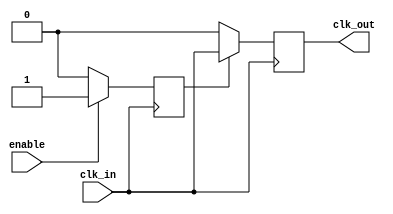
module clock_gating_buffer (
    input wire clk_in,    // Primary clock signal
    input wire enable,    // Control signal for clock gating
    output reg clk_out    // Gated clock output
);

    // Internal signal to hold the gated clock
    reg gated_clk;

    always @(posedge clk_in) begin
        if (enable) begin
            gated_clk <= 1'b1;  // Pass the clock through when enabled
        end else begin
            gated_clk <= 1'b0;  // Suppress the clock when not enabled
        end
    end

    // Output clock synchronization
    always @(posedge clk_in) begin
        if (gated_clk) begin
            clk_out <= clk_in;  // Output the primary clock when gated clock is high
        end else begin
            clk_out <= 1'b0;     // Set output to low when gated
        end
    end

endmodule